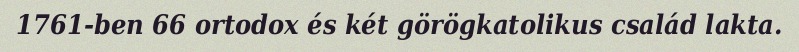
1761-ben 66 ortodox és két görögkatolikus család lakta.